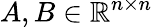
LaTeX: A,B\in\mathbb{R}^{n\times n}